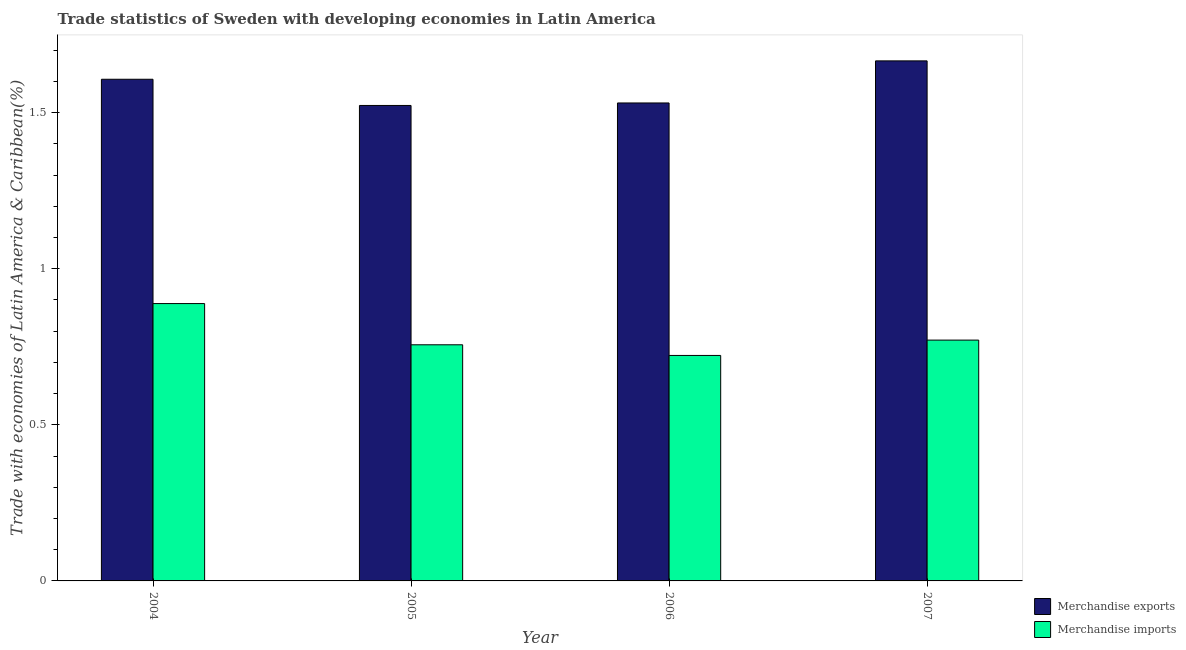
| Year | Merchandise exports | Merchandise imports |
 | --- | --- | --- |
 | 2004 | 1.61 | 0.888 |
 | 2005 | 1.52 | 0.756 |
 | 2006 | 1.53 | 0.722 |
 | 2007 | 1.67 | 0.771 |